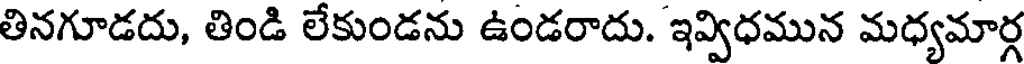
తినగూడదు, తిండి లేకుండను ఉండరాదు. ఇవ్విధమున మధ్యమార్గ